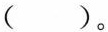
( )。